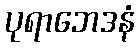
ပုရာဘေဒနံ